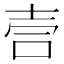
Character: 𫯁